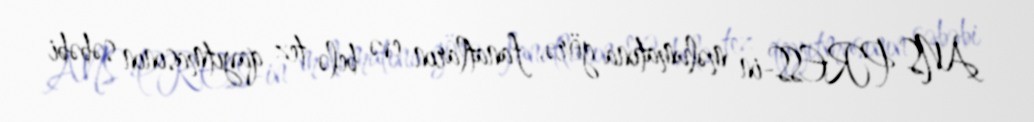
ANS PRESS-in məlumatına görə, fanatların evə belə tez qayıtmasının səbəbi